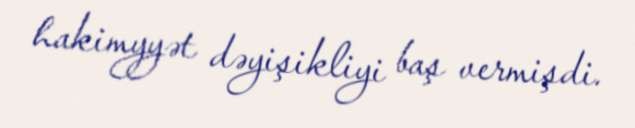
hakimyyət dəyişikliyi baş vermişdi.